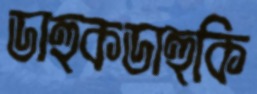
ডাহুকডাহুকি